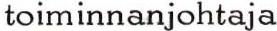
toiminnanjohtaja